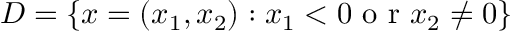
D = \{ x = ( x _ { 1 } , x _ { 2 } ) : x _ { 1 } < 0 \textrm { o r } x _ { 2 } \neq 0 \}